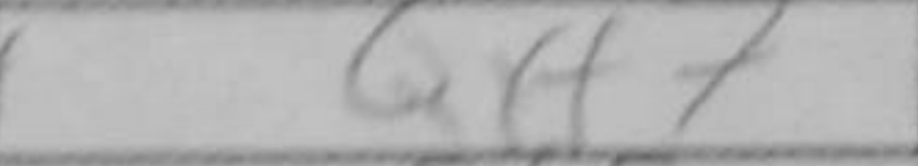
Transcription: Qxf7